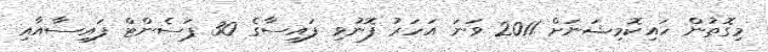
މިގޮތުން ހައިކޮމިޝަނަށް 2011 ވަނަ އަހަރު ފޮނުވި ފައިސާގެ 30 ޕަސެންޓް ފައިސާއާއި